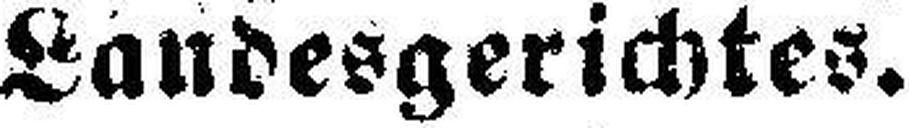
Landesgerichtes.